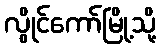
လွိုင်ကော်မြို့သို့